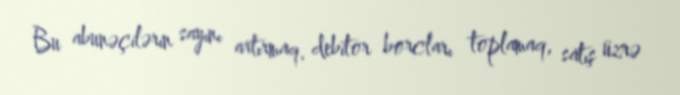
Bu abunəçilərin sayını artırmaq, debitor borcları toplamaq, satış üzrə